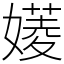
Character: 𡡷